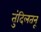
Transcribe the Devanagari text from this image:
तुंदिलतनू